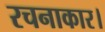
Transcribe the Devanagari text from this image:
रचनाकार।